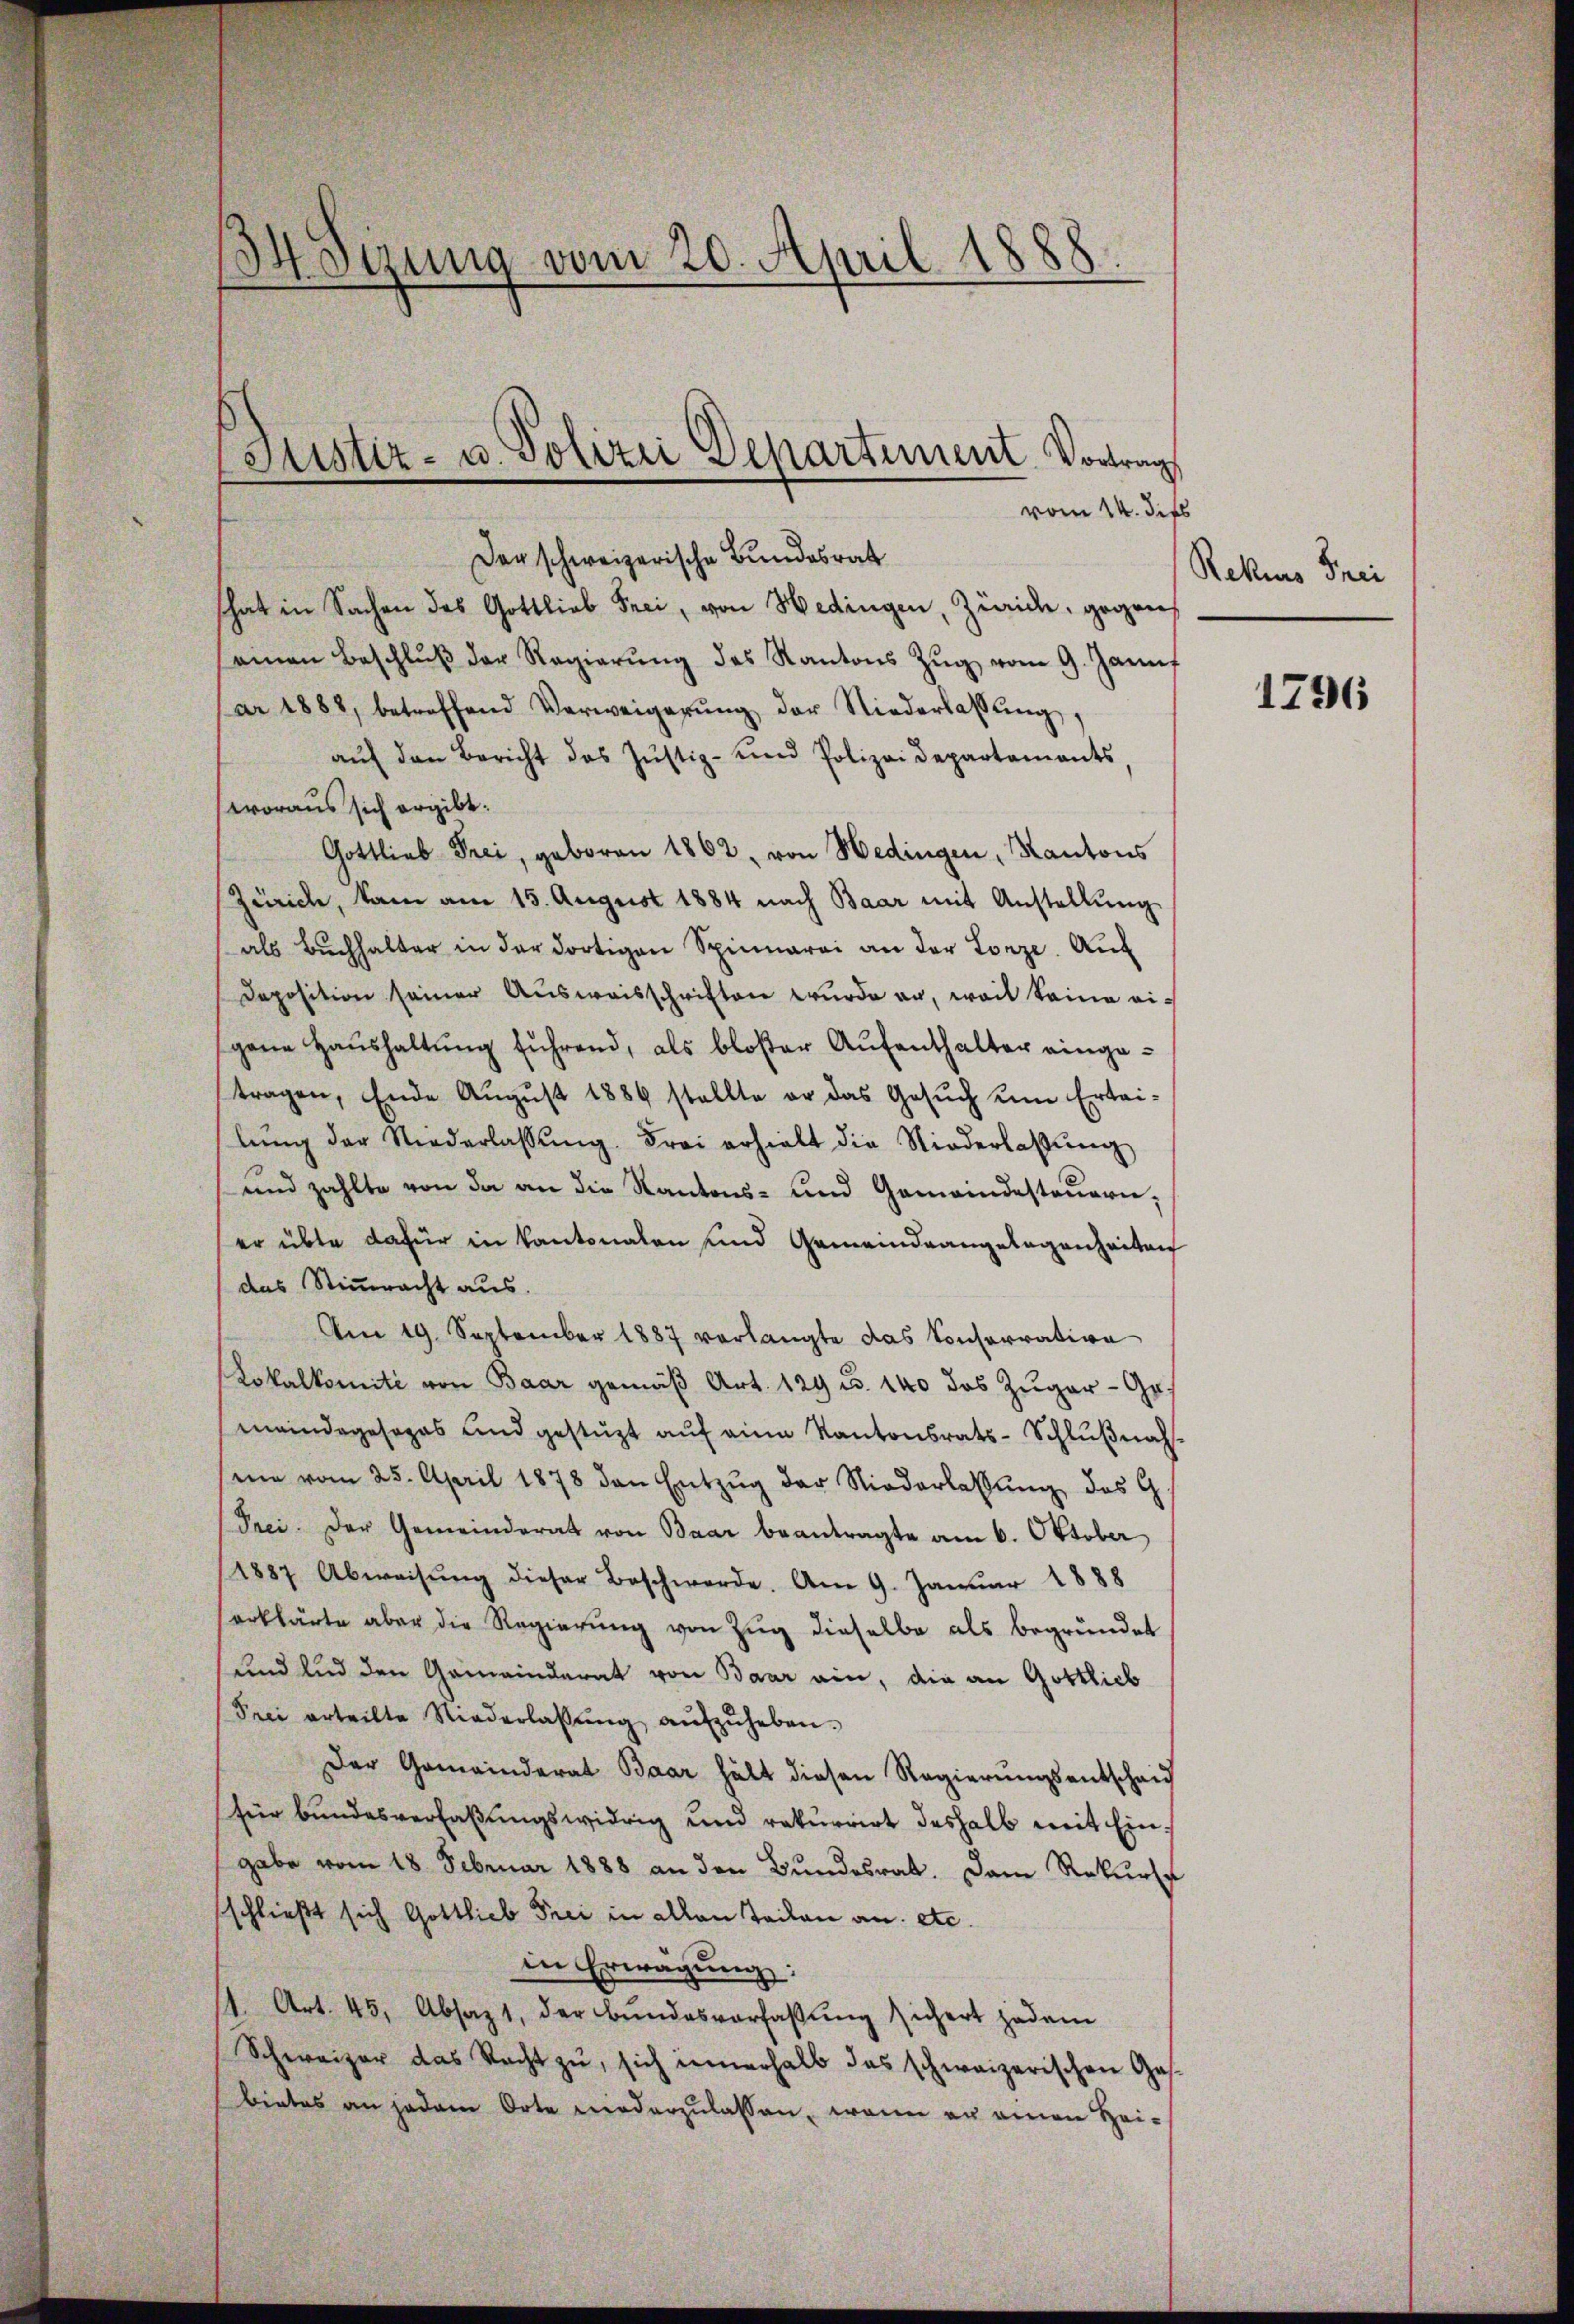
d
4 Setzung vom 20. April 1888

Der schweizerische Bundesrat
hat in Sachen des Gottlieb Frei, von Hedingen, Zürich, gegen
einen Beschlŭβ der Regierŭng des Kantons Zŭg vom 9. Januf
ar 1882, betreffend Verweigerŭng der Niederlassŭng,
aŭf den Bericht des Jŭstiz- und Polizeidepartements,
woraus sich ergibt:
Gottlieb Frei, geboren 1862, von Hedingen, Kantons
Zürich, kam am 15. August 1884 nach Baar mit Anstellung
als Bŭchhalter in der dortigen Spinnerei an der Lorze. Auc
Deposition seiner Aŭsweisschriften wurde an, weil keine ei-
gene Haŭshaltŭng führend, als bloßer Aŭfenthalter eingetragen, Ende August 1886 stellte er das Gesŭch um Ertei-
lŭng der Niederlassŭng. Frei erhielt die Niederlassŭng
und zahlte von da an die Kantons- und Gemeindesteuern,
er übte dafür in Kantonalen und Gemeindrangelegenheiten
das Stimmracht aus.
Am 19. September 1887 verlangte das Conservation
Lokalkomite von Baar gemäß Art. 129 u. 140 das Zuger - Ges
meindegesages und gestützt auf eine Kantonsrats-Schlußnahsein vom 25. April 1878 den Entzŭg der Niederlassŭng des G.
Paci der Gemeinderat von Baar beantragte am 6. Oktober
1887 Abweisŭng dieser Beschwerde. Am 9. Janŭar 1888
erklärte aber die Regierung von Zug dieselbe als begründet
und und den Gemeinderat von Baar ein, die an Gottlich
Frei erteilte Niederlassŭng aŭfzŭheben.
Der Gemeinderat Baar hält diesen Regierungsentscheid
für bundesverfaßungswidrig und rekurrirt deshalb mit Eingabe vom 18. Februar 1888 an den Bundesrat. Dann Rekurse
schließt sich Gottlieb Frei in allen Teilen an etc.
in Erwägung:
1. Art. 45, Absazt, der Bundesverfassung sichert jedem
Schweizer das Nacht zu, sich innerhalb das schweizerischen Ges.
bietes an jedem Orte niederzulassen, wenn er einen Hei¬

Justiz- u. Polizei Departement Vortrag

vom 14. dies

Rekurs Frei

1796